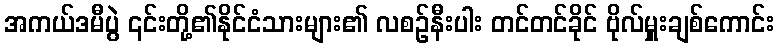
အကယ်ဒမီပွဲ ၎င်းတို့၏နိုင်ငံသားများ၏ လစဉ်နီးပါး တင်တင်ခိုင် ဗိုလ်မှူးချစ်ကောင်း